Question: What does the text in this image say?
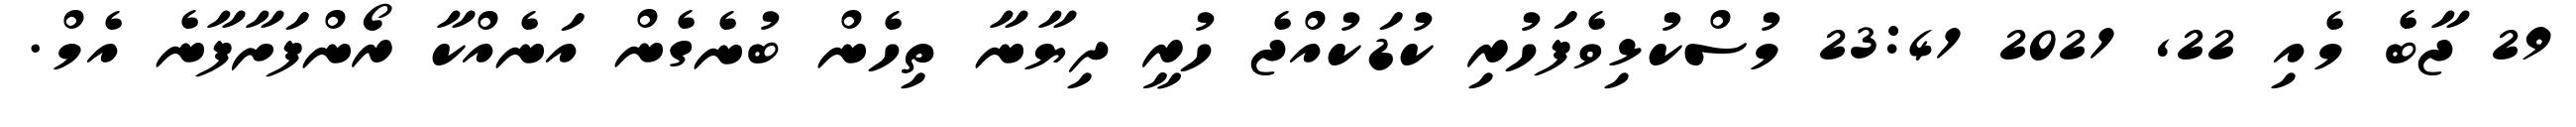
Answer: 29 ޖާބެ މެއި 22, 2021 23:41 މުސްކުޅިވެފަހުރި ކުޑަކުއްޖެ ހުރީ ދިޔާނާ ތިހެން ބުނެގެން އަނެއްކާ ރޯންފަށާފާނެ އެމް.